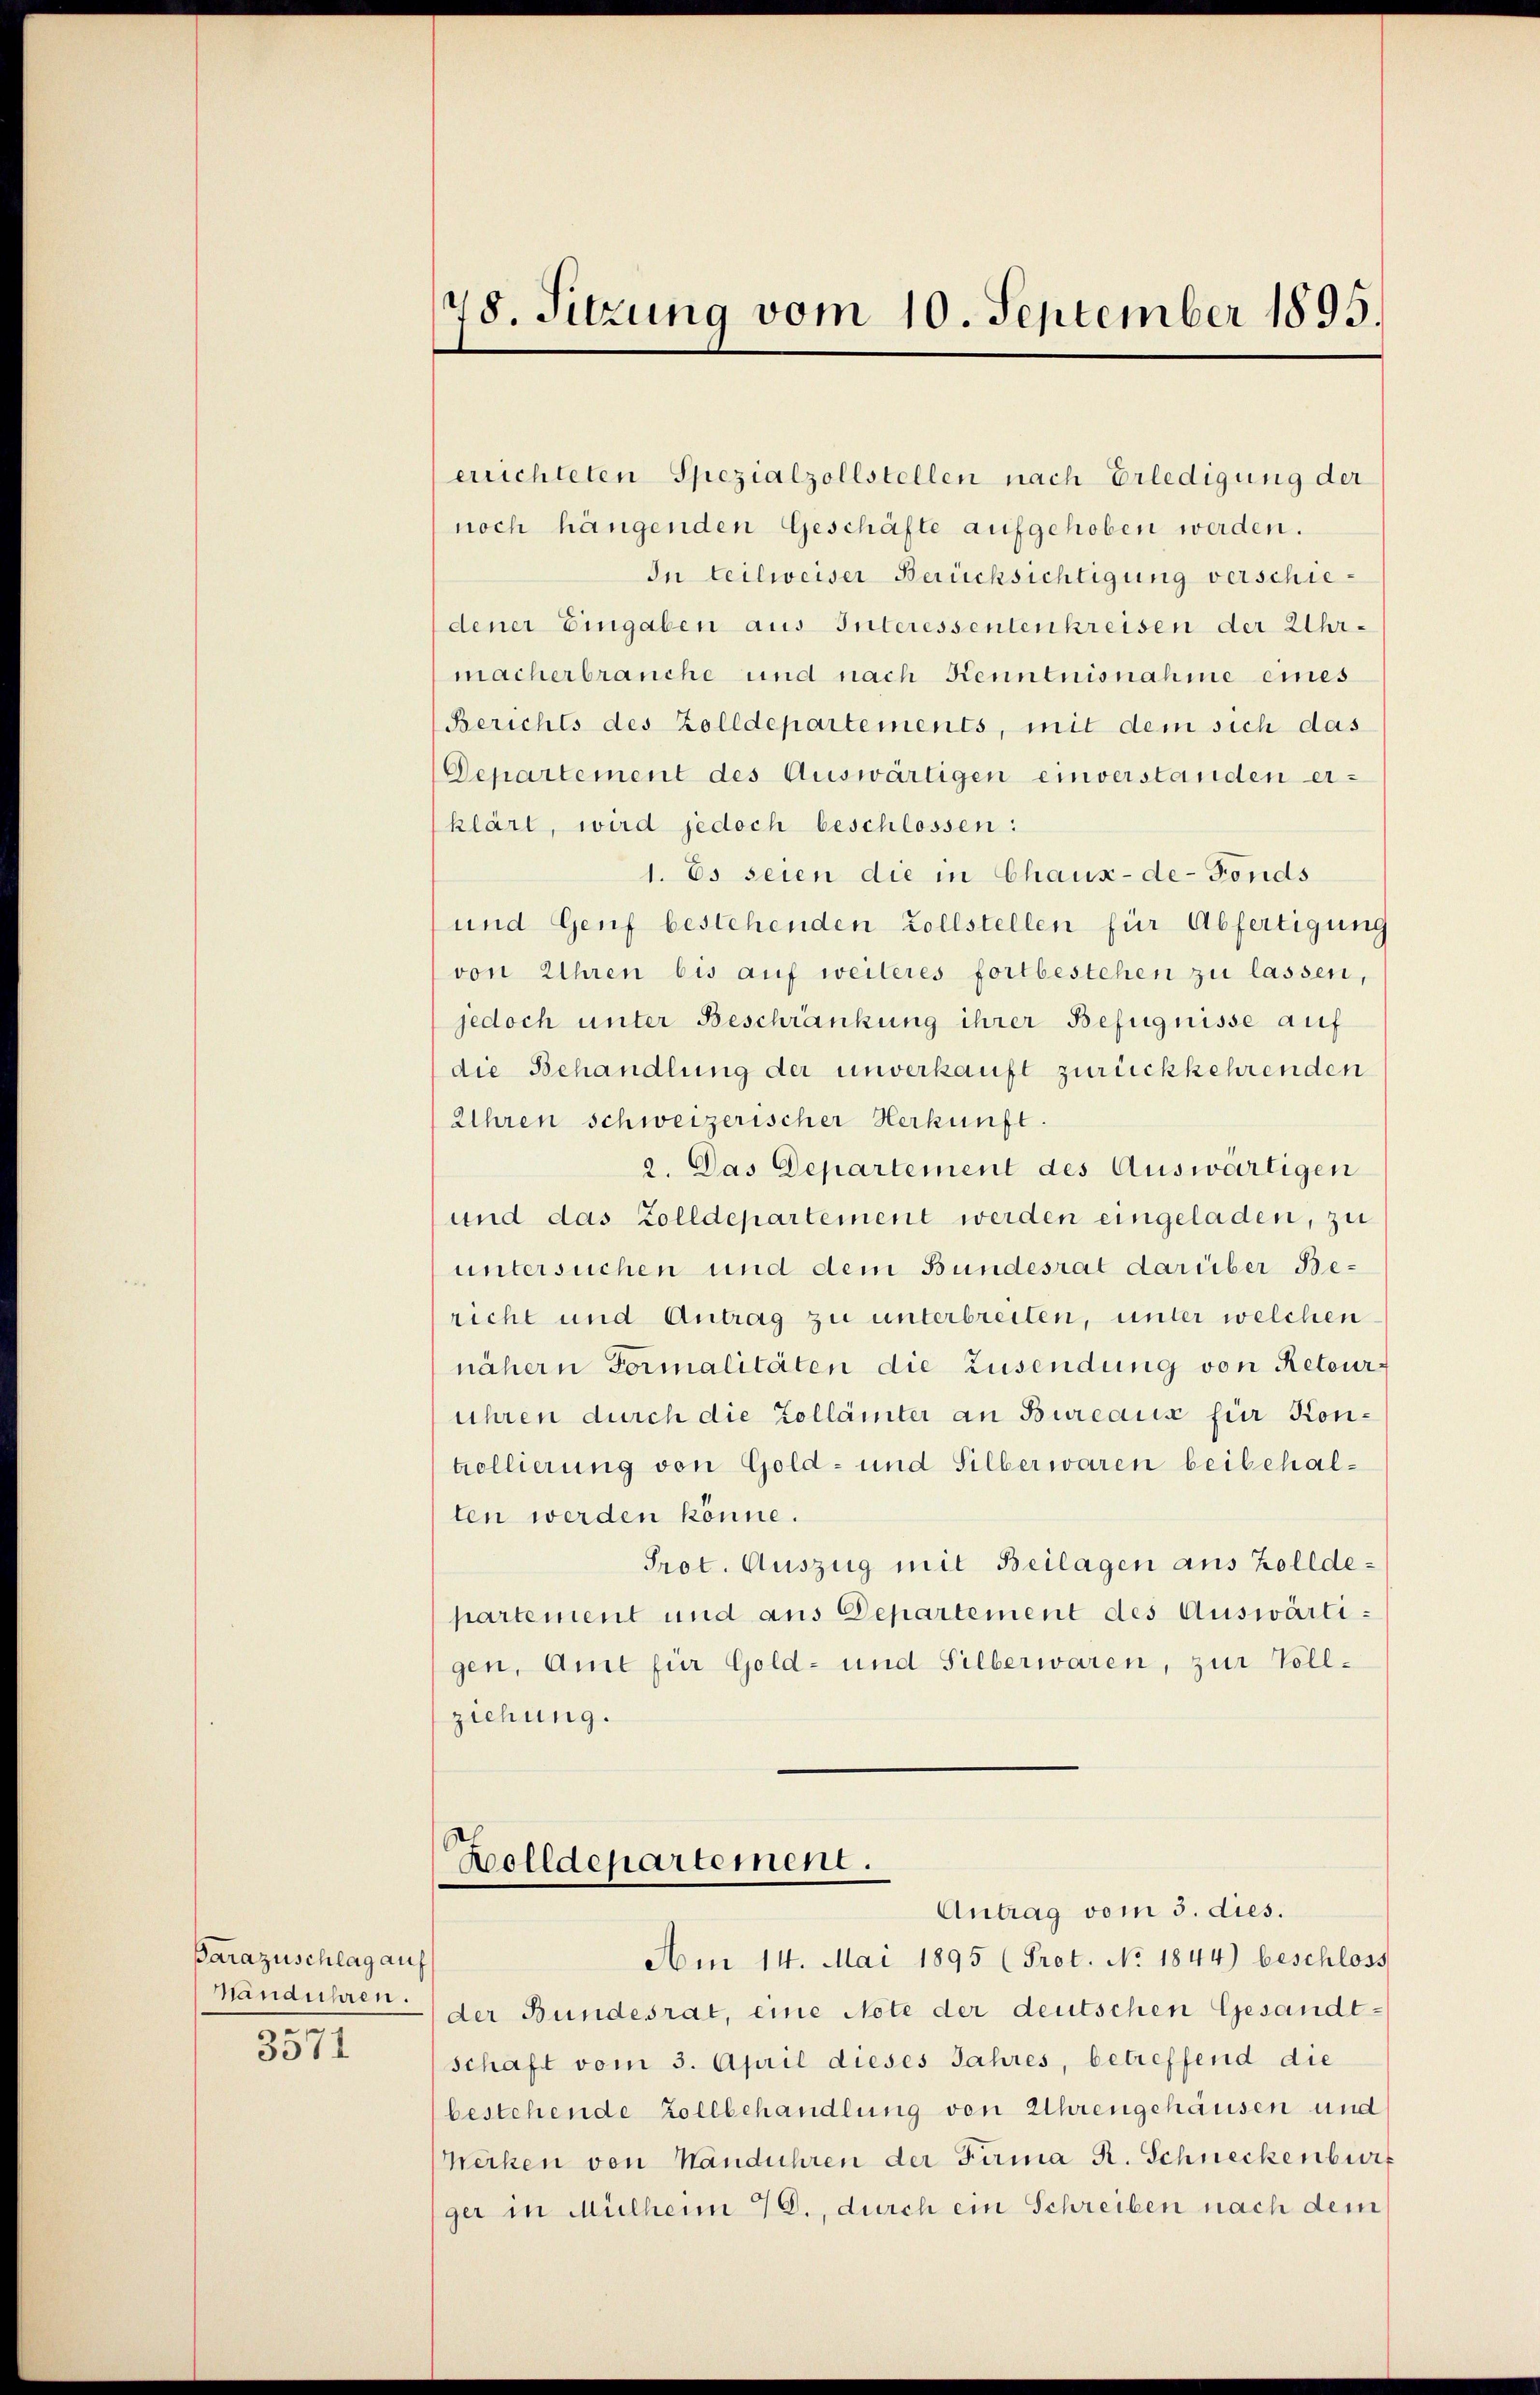
Parazuschlag auf
n
3571

148. Sitzung vom 10. September 1895.

errichteten Spezialzollstellen nach Erledigung der
noch hängenden Geschäfte aufgehoben werden.
In teilweiser Berücksichtigung verschiedener Eingaben aus Interessentenkreisen der Uhrmacherbrauche und nach Kenntnisnahme eines
(Berichts des Zolldepartements, mit dem sich das
Departement des Auswärtigen einverstanden erklärt, wird jedoch beschlossen:
1. Es seien die in Chaux-de-Fonds
und Genf bestehenden Zollstellen für Abfertigung
von Uhren bis auf weiteres fortbestehen zu lassen,
jedoch unter Beschränkung ihrer Befugnisse auf
die Behandlung der unverkauft zurückkehrenden
Uhren schweizerischer Herkunft.
2. Das Departement des Auswärtigen
und das Zolldepartement werden eingeladen, zu
untersuchen und dem Bundesrat darüber Bericht und Antrag zu unterbreiten, unter welchen
nähern Formalitäten die Zusendung von Retour-
ühren durch die Zollämter an Bureaus für Kontrollierung von Gold- und Silberwaren beibehalten werden könne.
Prot. Auszug mit Beilagen aus Zolldepartement und aus Departement des Auswärtigen, Amt für Gold- und Silberwaren, zur Vollziehung.

Bolldepartement.
Antrag vom 3. dies.

Am 14. Mai 1895 (Prot. No. 1844) beschloss
manduhren. (der Bundesrat, eine Note der deutschen Gesandtschaft vom 3. April dieses Jahres, betreffend die
bestehende Zollbehandlung von Uhrengehäusen und
ecken von Handuhren der Firma R. Schneckenbur
ger in Mülheim 70., durch ein Schreiben nach dem